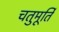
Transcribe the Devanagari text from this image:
चतुमूर्ति